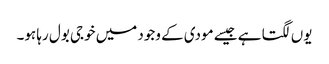
یوں لگتا ہے جیسے مودی کے وجود میں خوجی بول رہا ہو۔